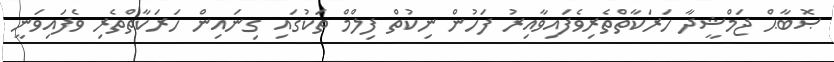
ޞޮބާޙް ޖަމްޝީދާ ހަރަކާތްތެރިވެފައިވާއިރު ފަހުން ނިކުތް ފިލްމް ތަކުގައި ގިނައިން ހަރަކާތްތެރި ވެފައިވަނީ